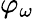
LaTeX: \varphi_{\omega}